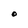
Character: O